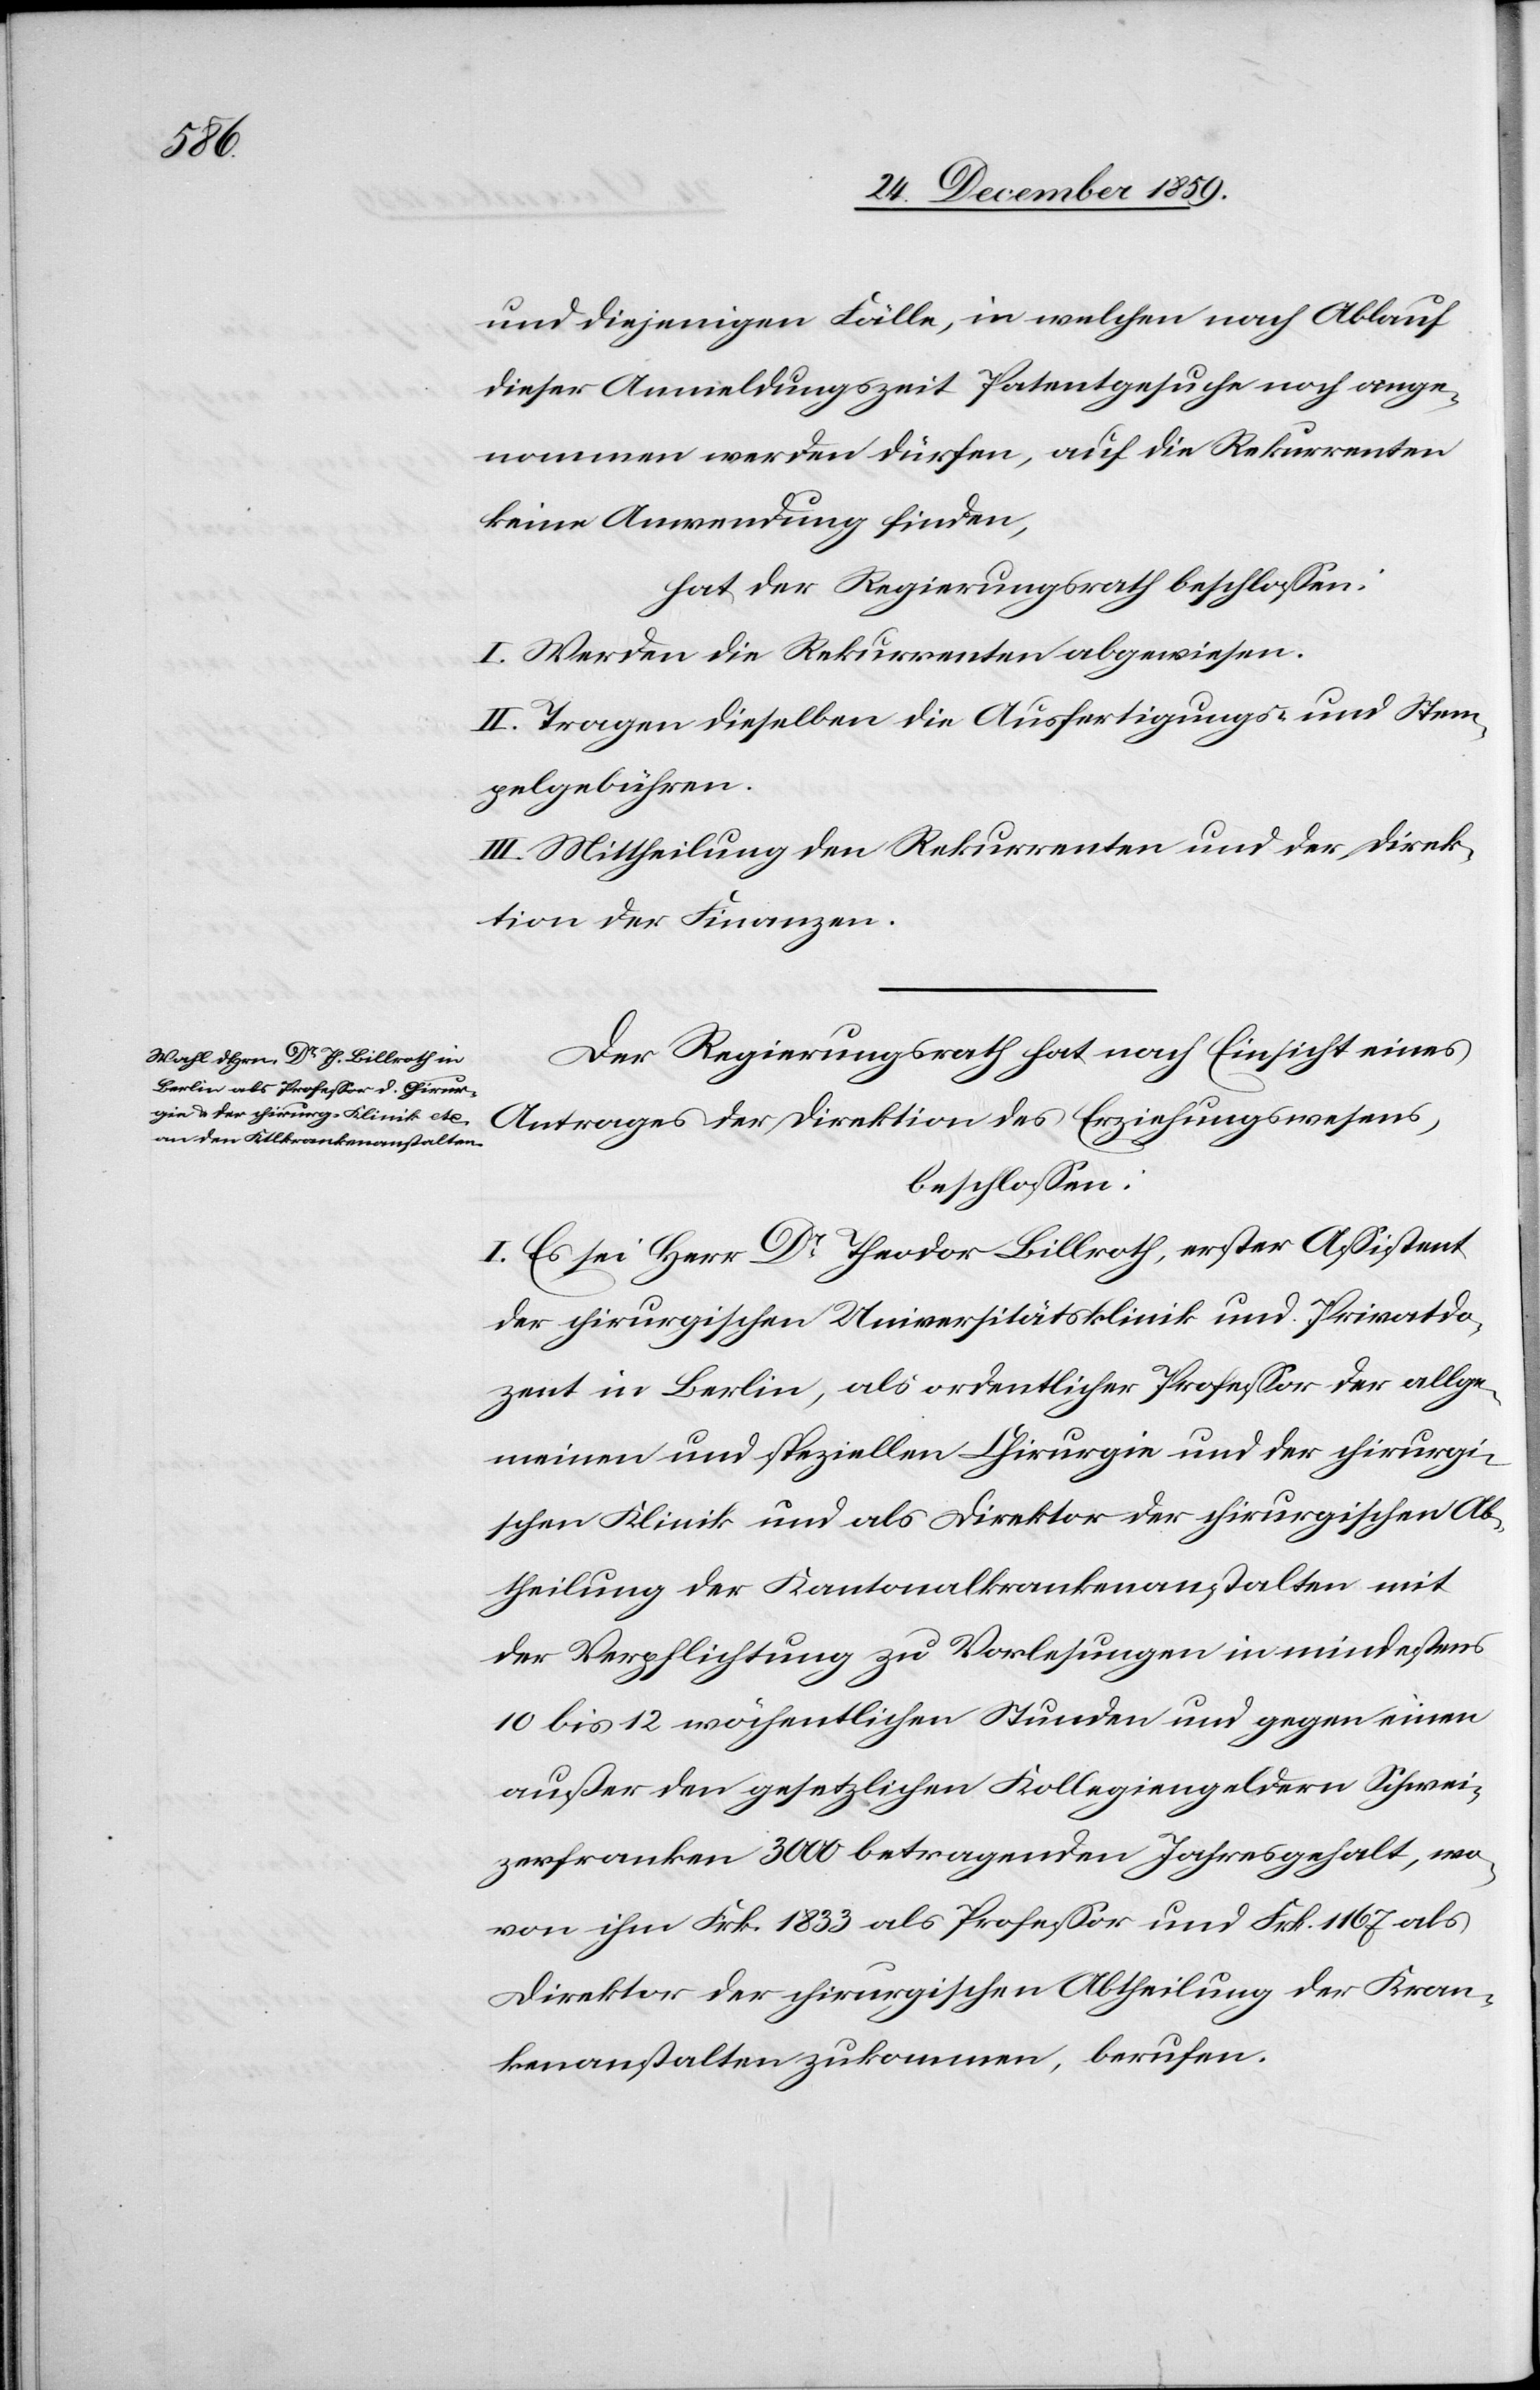
und diejenigen Fälle, in welchen nach Ablauf
dieser Anmeldungszeit Patentgesuche noch ange¬
nommen werden dürfen, auf die Rekurrenten
keine Anwendung finde,
hat der Regierungsrath beschlossen:
I. Werden die Rekurrenten abgewiesen.
II. Tragen dieselben die Ausfertigungs- und Stem¬
pelgebühren.
III. Mittheilung den Rekurrenten und der Direk¬
tion der Finanzen.
Der Regierungsrath hat nach Einsicht eines
Antrages der Direktion des Erziehungswesens,
beschlossen:
I. Es sei Herr Dr Theodor Billroth, erster Assistent
der chirurgischen Universitätsklinik und Privatdo¬
zent in Berlin, als ordentlicher Professor der allge¬
meinen und speziellen Chirurgie und der chirurgi¬
schen Klinik und als Direktor der chirurgischen Ab¬
theilung der Kantonalkrankenanstalten mit
der Verpflichtung zu Vorlesungen in mindestens
10 bis 12 wöchentlichen Stunden und gegen einen
außer den gesetzlichen Kollegiengeldern Schwei¬
zerfranken 3000 betragenden Jahresgehalt, wo¬
von ihm Frk. 1833 als Professor und Frk. 1167 als
Direktor der chirurgischen Abtheilung der Kran¬
kenanstalten zukommen, berufen.